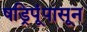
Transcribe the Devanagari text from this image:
षड्रिपूंपासून